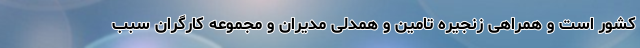
کشور است و همراهی زنجیره تامین و همدلی مدیران و مجموعه کارگران سبب